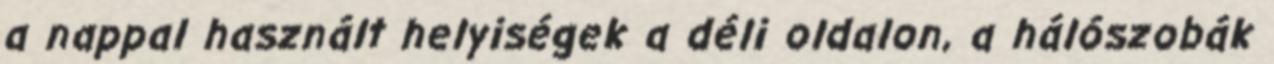
a nappal használt helyiségek a déli oldalon, a hálószobák